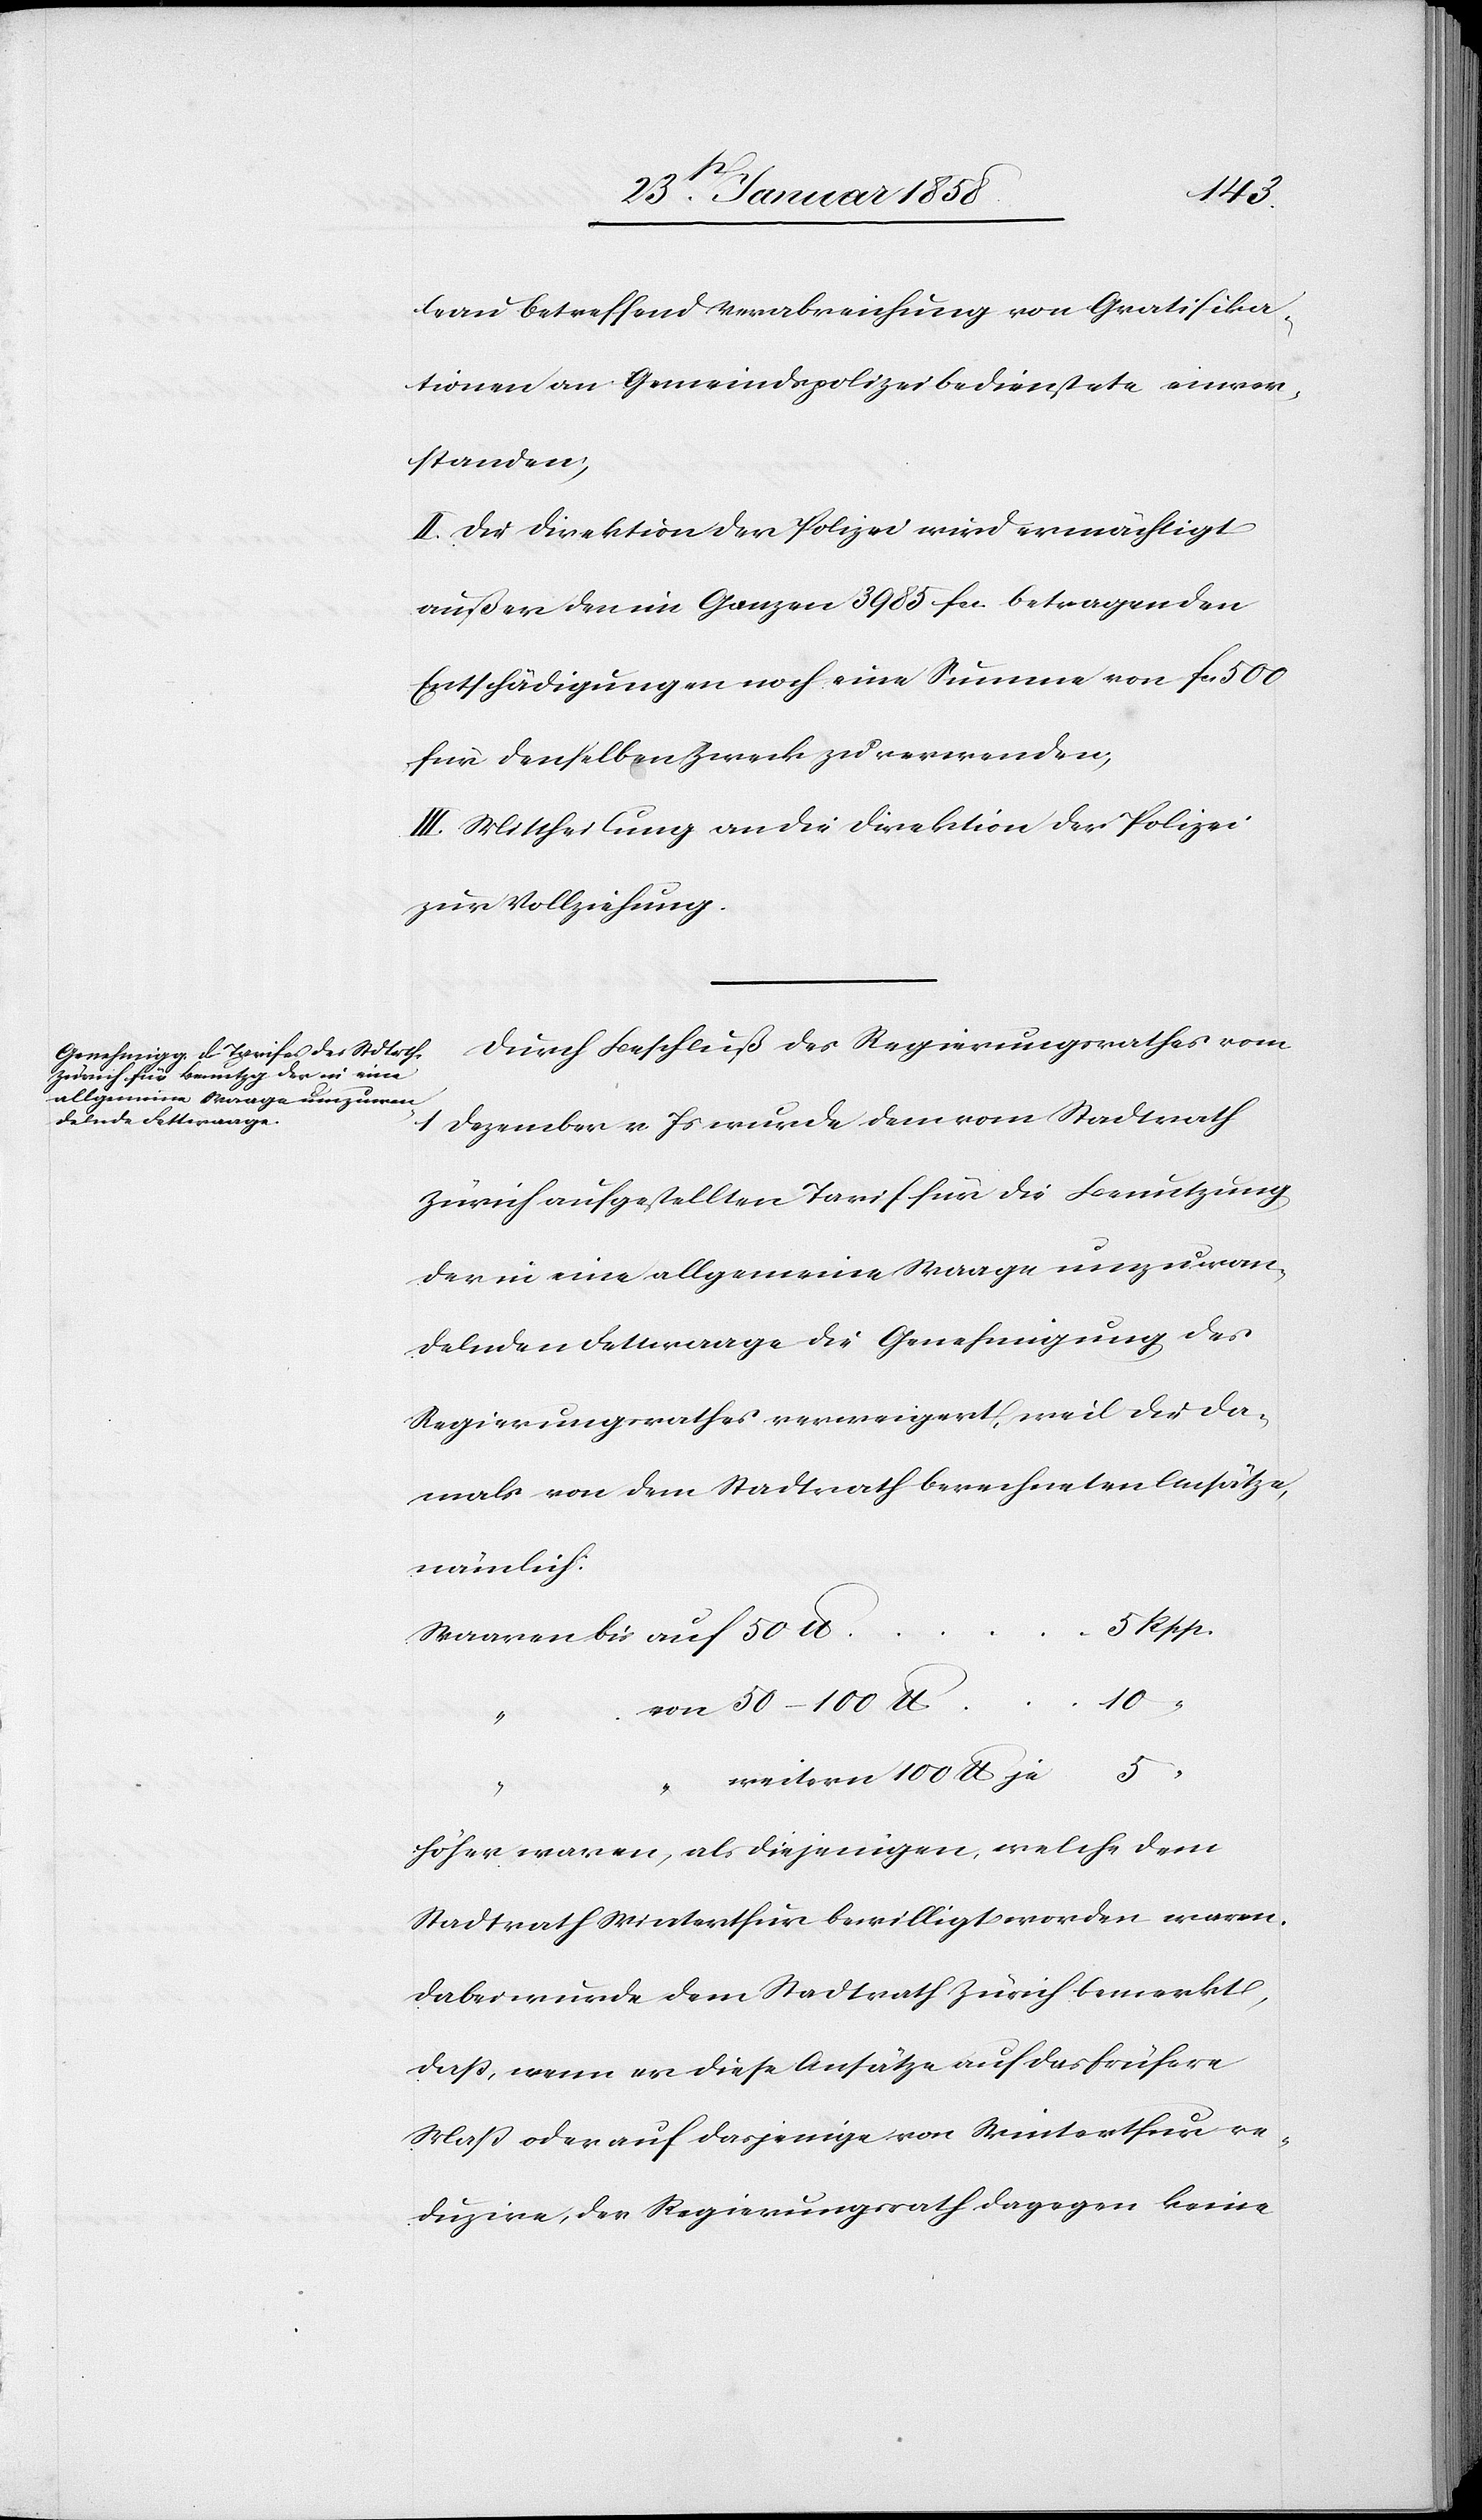
leau betreffend Verabreichung von Gratifika¬
tionen an Gemeindspolizeibedienstete einver¬
standen,
II. Die Direktion der Polizei wird ermächtigt
außer den im Ganzen 3985 fcs. betragenden
Entschädigungen noch eine Summe von fcs. 500
für denselben Zweck zu verwenden,
III. Mittheilung an die Direktion der Polizei
zur Vollziehung.
Durch Beschluß des Regierungsrathes vom
1 Dezember v. Js wurde dem vom Stadtrath
Zürich aufgestellten Tarif für die Benutzung
der in eine allgemeine Waage umzuwan¬
delnden Fettwaage die Genehmigung des
Regierungsrathes verweigert, weil die da¬
mals von dem Stadtrath berechneten Ansätze,
nämlich:
5 Rpp.
“
Waaren bis auf 50 lb
von 50–100
“
weitern 100 lb je	 5 “
höher waren, als diejenigen, welche dem
Stadtrath Winterthur bewilligt worden waren.
Dabei wurde dem Stadtrath Zürich bemerkt,
daß, wenn er diese Ansätze auf das frühere
Maß oder auf dasjenige von Winterthur re¬
duzire, der Regierungsrath dagegen keine